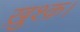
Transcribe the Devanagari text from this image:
ख़ुश्क़।